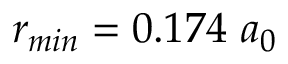
r _ { m i n } = 0 . 1 7 4 ~ a _ { 0 }